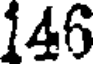
146